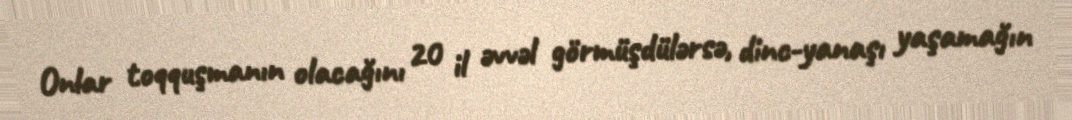
Onlar toqquşmanın olacağını 20 il əvvəl görmüşdülərsə, dinc-yanaşı yaşamağın